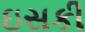
ઇસકી